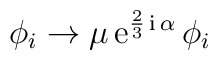
\phi_i \rightarrow \mu\,{\rm e}^{\frac{2}{3}\,{\rm i}\, \alpha}\,\phi_i